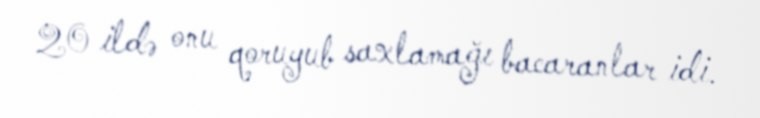
20 ildə onu qoruyub saxlamağı bacaranlar idi.